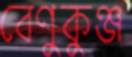
বেণুকুঞ্জ